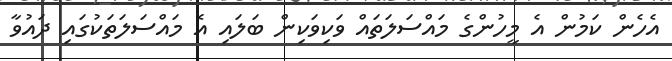
އެހެން ކަމުން އެ މީހުންގެ މައްސަލަތައް ވަކިވަކިން ބަލައި އެ މައްސަލަތަކުގައި ދައުވާ